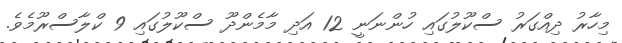
މިހާރު ދިއްގަރު ސްކޫލުގައި ހުންނަނީ 12 އަދި މާމެންދޫ ސްކޫލުގައި 9 ކްލާސްރޫމެވެ.